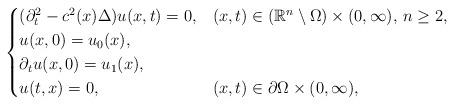
LaTeX: \begin{align*} \begin{cases}(\partial_t^2 - c^2(x)\Delta) u(x,t) = 0, & (x,t) \in \left(\mathbb{R}^n \setminus \Omega \right) \times (0, \infty), \, n \ge 2, \\ u(x,0) = u_0(x),\\ \partial_t u(x,0) = u_1(x), \\ u(t,x) = 0, & (x,t) \in \partial \Omega \times (0,\infty),\end{cases}\end{align*}